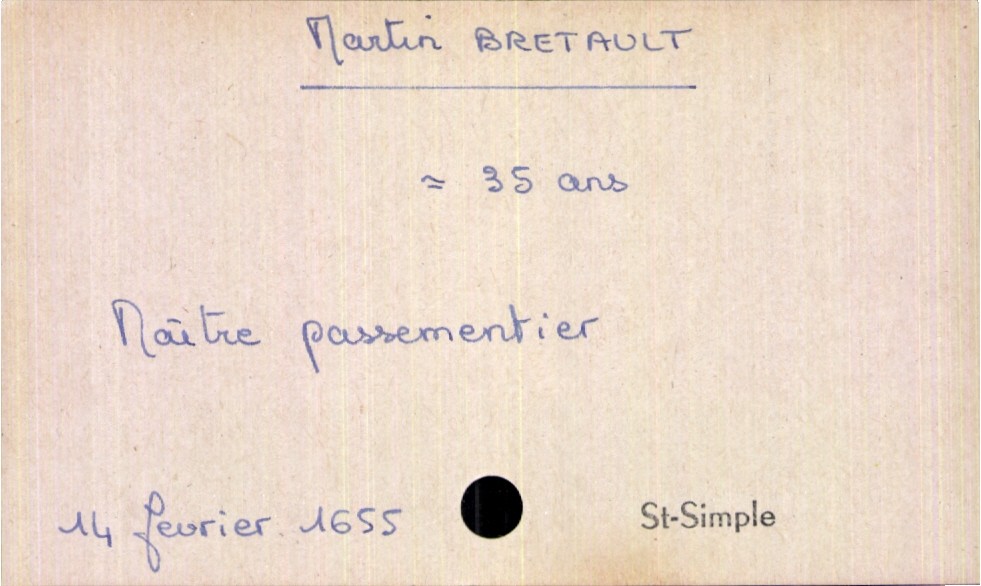
type_acte: Décès
année: 1655
mois: février
jour: 14
paroisse: St-Simple
défunt_nom: Bretault
défunt_prénom: Martin
défunt_sexe: H
défunt_âge: 35 ans
défunt_profession: Maître passementier